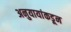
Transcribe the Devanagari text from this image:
अनुयायांकडून